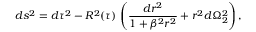
d s ^ { 2 } = d \tau ^ { 2 } - R ^ { 2 } ( \tau ) \, \left( \frac { d r ^ { 2 } } { 1 + \beta ^ { 2 } r ^ { 2 } } + r ^ { 2 } d \Omega _ { 2 } ^ { 2 } \right) ,